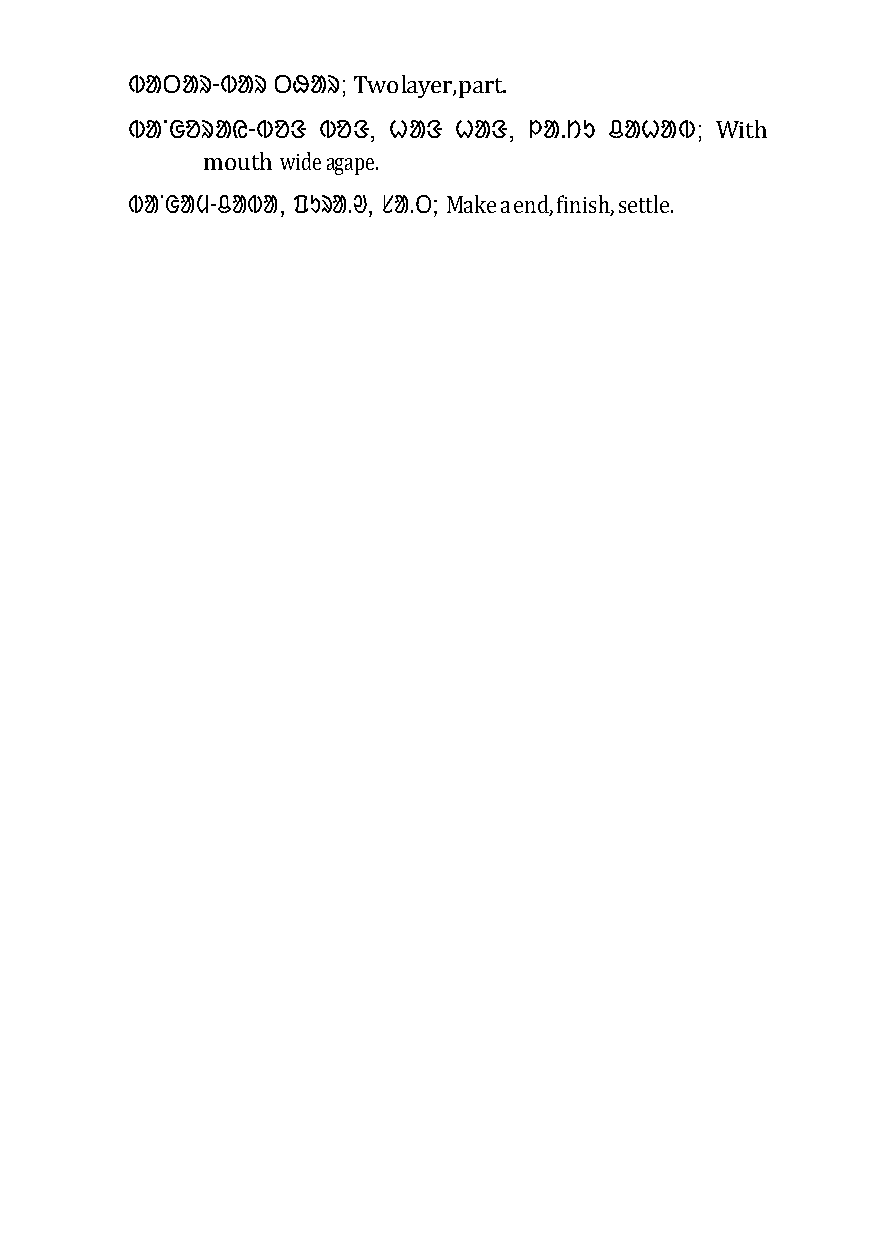
ᱵᱟᱛᱟᱨ-ᱵᱟᱨ ᱛᱷᱟᱨ; Two layer, part.
 ᱵᱟᱸᱜᱚᱨᱟᱭ-ᱵᱚᱝ ᱵᱚᱝ, ᱦᱟᱝ ᱦᱟᱝ, ᱞᱟᱹᱴᱩ ᱪᱟᱦᱟᱵ; With
 mouth wide agape.
 ᱵᱟᱸᱜᱟᱢ-ᱪᱟᱵᱟ, ᱯᱩᱨᱟᱹᱣ, ᱥᱟᱹᱛ; Make a end, finish, settle.